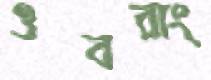
ওবরাং